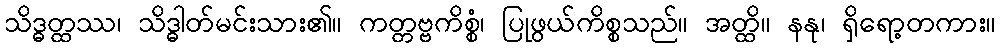
သိဒ္ဓတ္ထဿ၊ သိဒ္ဓါတ်မင်းသား၏။ ကတ္တဗ္ဗကိစ္စံ၊ ပြုဖွယ်ကိစ္စသည်။ အတ္ထိ။ နနု၊ ရှိရော့တကား။